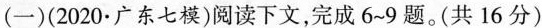
(一)(2020-广东七模)阅读下文，完成6-9题。(共16分)